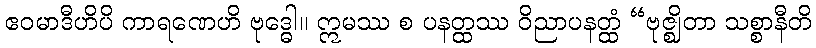
ဧဝမာဒီဟိပိ ကာရဏေဟိ ဗုဒ္ဓေါ။ ဣမဿ စ ပနတ္ထဿ ဝိညာပနတ္ထံ “ဗုဇ္ဈိတာ သစ္စာနီတိ